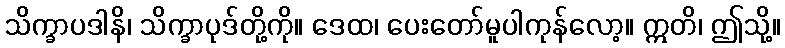
သိက္ခာပဒါနိ၊ သိက္ခာပုဒ်တို့ကို။ ဒေထ၊ ပေးတော်မူပါကုန်လော့။ ဣတိ၊ ဤသို့။